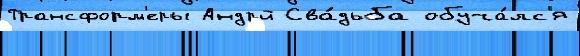
Трансформ'еры Андрй Сва́дьба обуча́лс'я